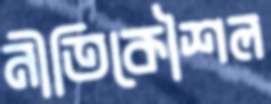
নীতিকৌশল